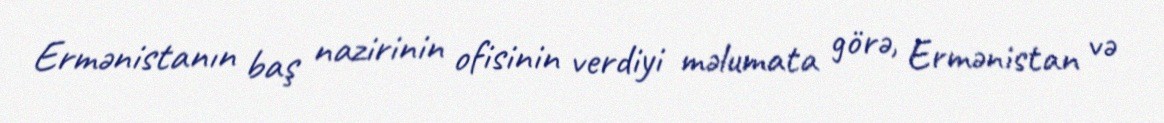
Ermənistanın baş nazirinin ofisinin verdiyi məlumata görə, Ermənistan və